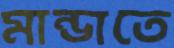
মান্ডাতে